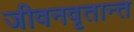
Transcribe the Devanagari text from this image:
जीवनवृतान्त